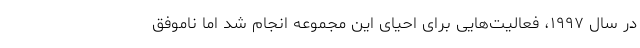
در سال ۱۹۹۷، فعالیت‌هایی برای احیای این مجموعه انجام شد اما ناموفق